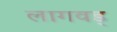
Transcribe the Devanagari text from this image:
लागवड्